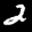
Label: 2